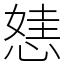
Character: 㥨